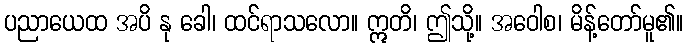
ပညာယေထ အပိ နု ခေါ၊ ထင်ရာသလော။ ဣတိ၊ ဤသို့။ အဝေါစ၊ မိန့်တော်မူ၏။